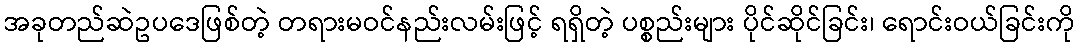
အခုတည်ဆဲဥပဒေဖြစ်တဲ့ တရားမဝင်နည်းလမ်းဖြင့် ရရှိတဲ့ ပစ္စည်းများ ပိုင်ဆိုင်ခြင်း၊ ရောင်းဝယ်ခြင်းကို